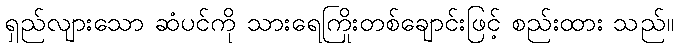
ရှည်လျားသော ဆံပင်ကို သားရေကြိုးတစ်ချောင်းဖြင့် စည်းထား သည်။